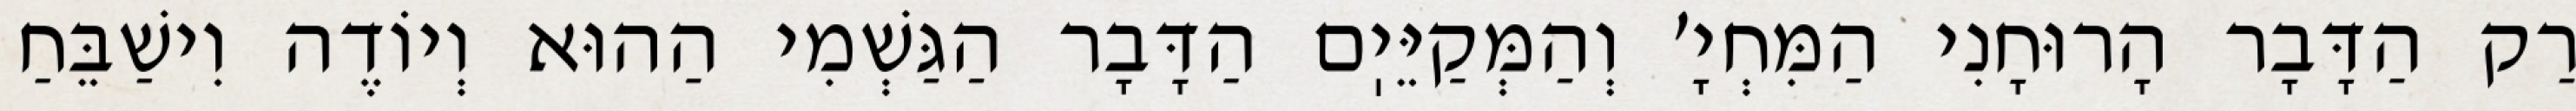
רַק הַדָּבָר הָרוּחָנִי הַמִּחְיָ׳ וְהַמְּקַיֵּיֽם הַדָּבָר הַגַּשְׁמִי הַהוּא וְיוֹדֶה וִישַׁבֵּחַ